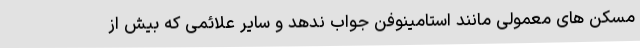
مسکن های معمولی مانند استامینوفن جواب ندهد و سایر علائمی که بیش از